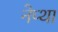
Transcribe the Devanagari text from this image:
नेप्था